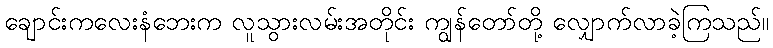
ချောင်းကလေးနံဘေးက လူသွားလမ်းအတိုင်း ကျွန်တော်တို့ လျှောက်လာခဲ့ကြသည်။